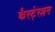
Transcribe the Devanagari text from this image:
कैस्टे्रशन